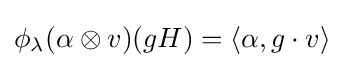
\phi _{\lambda }(\alpha \otimes v)(gH)=\langle \alpha ,g\cdot v\rangle